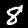
Label: 8